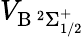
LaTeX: V_{\mathrm{B\, ^{2}\Sigma_{1/2}^{+}}}